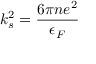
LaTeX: k _ { s } ^ { 2 } = { \frac { 6 \pi n e ^ { 2 } } { \epsilon _ { F } } }